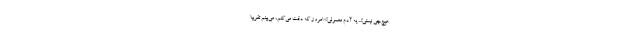
هیچ‌چی نیستی!... یه آدم معمولی!» امروز که دقت می‌کنم، می‌بینم تقریباً